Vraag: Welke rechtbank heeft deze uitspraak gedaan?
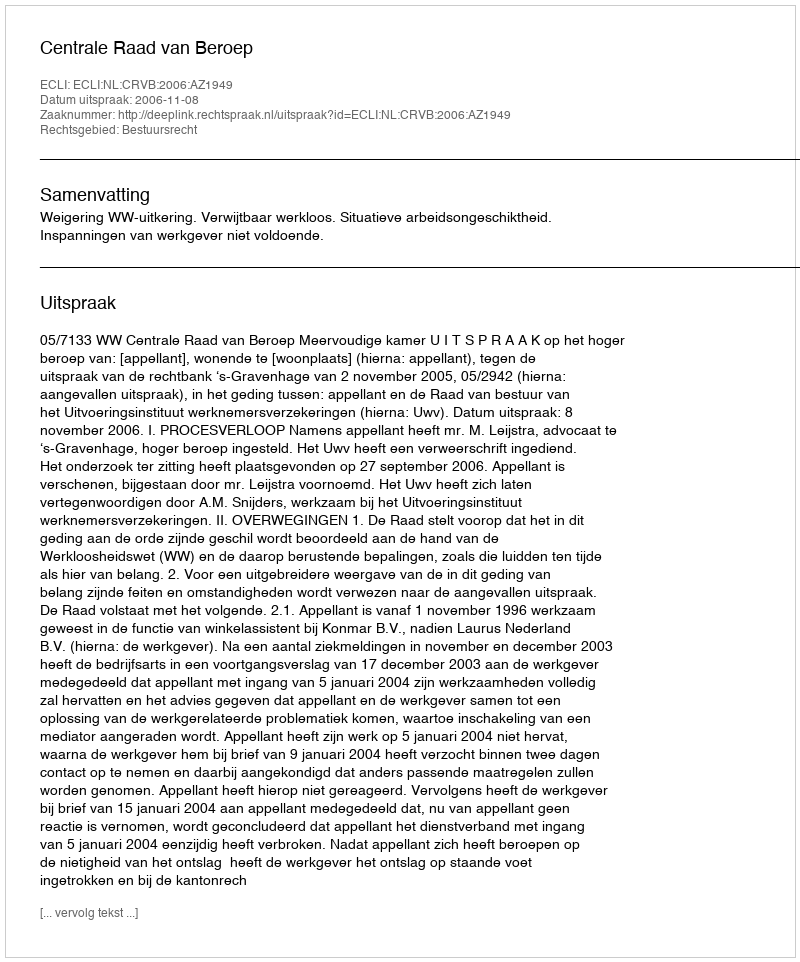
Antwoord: Centrale Raad van Beroep